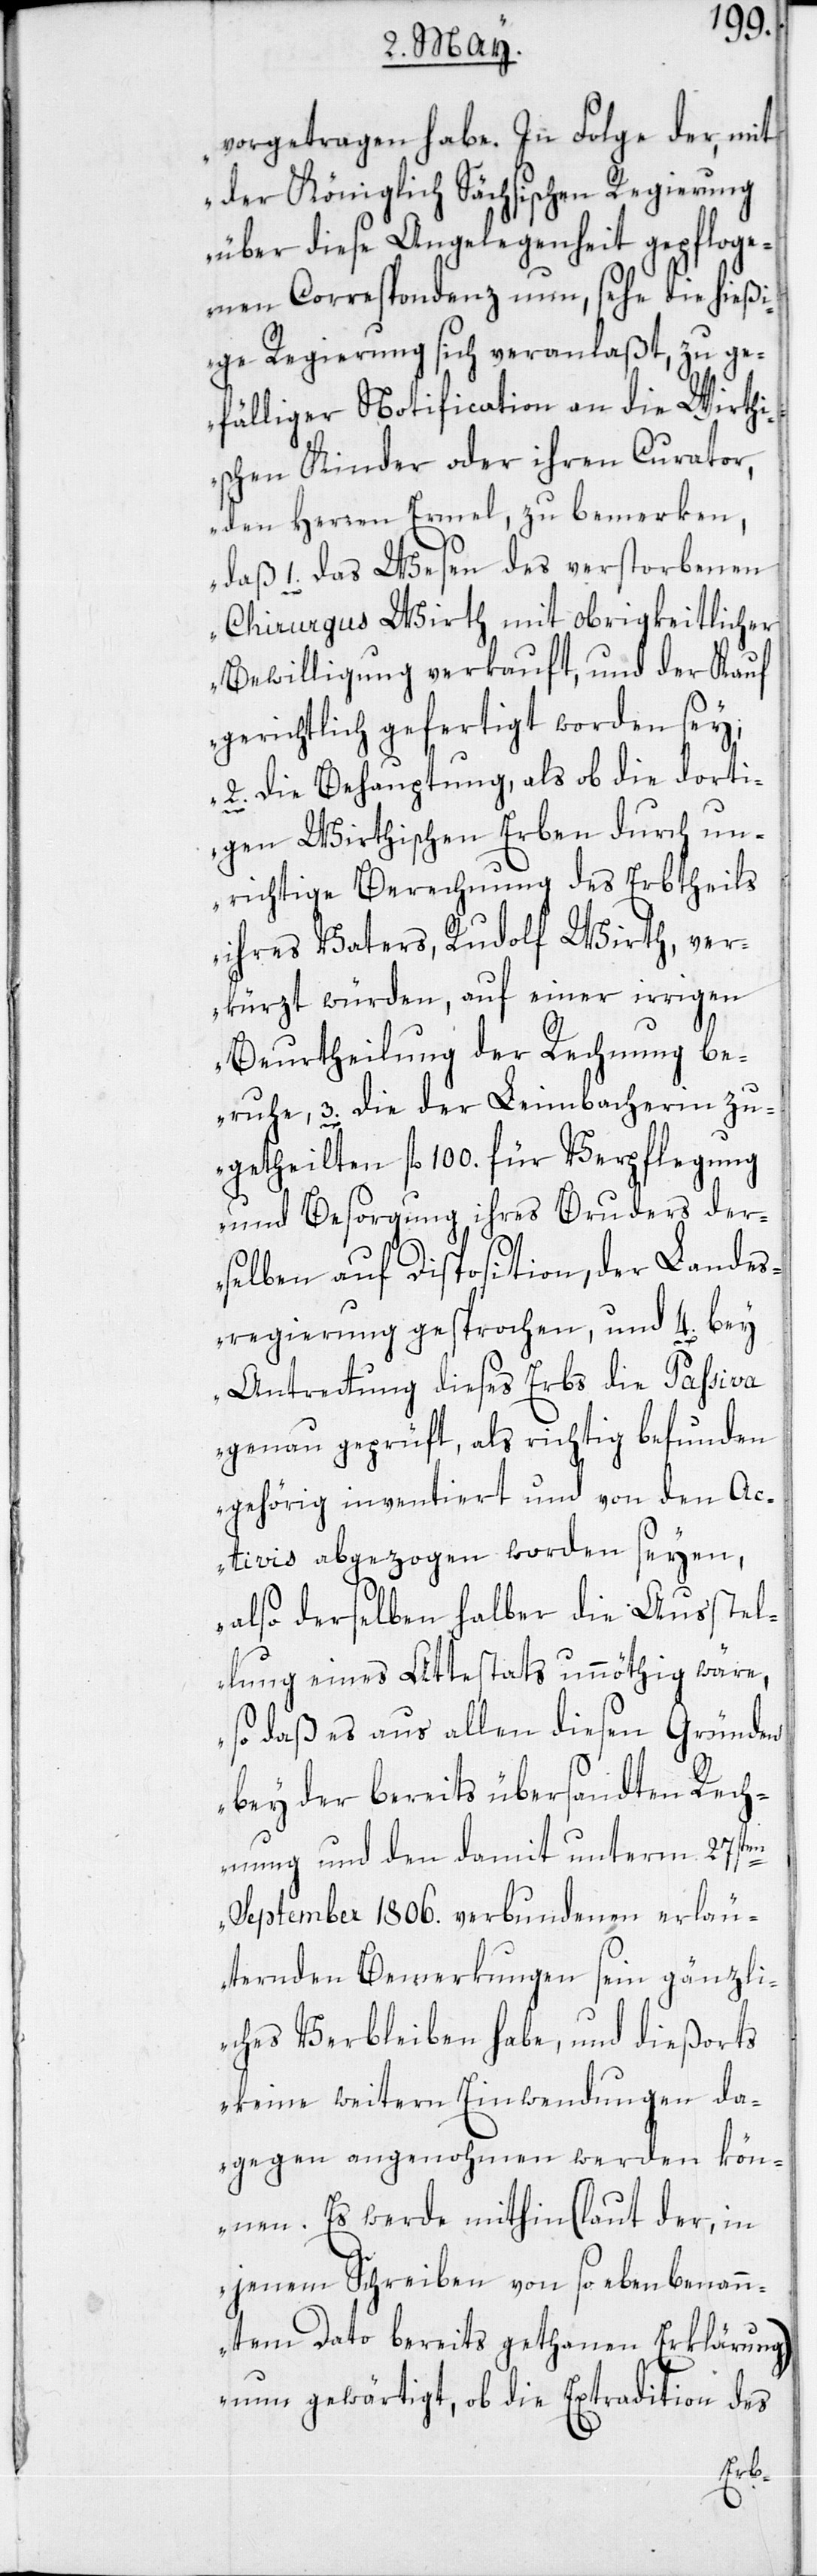
vorgetragen habe. In Folge der, mit
der Königlich Sächsischen Regierung
über diese Angelegenheit gepfloge¬
nen Correspondenz nun, sehe die hießi¬
ge Regierung sich veranlaßt, zu ge¬
fälliger Notification an die Wirthi¬
schen Kinder oder ihren Curator,
den Herren Ermel, zu bemerken,
daß 1. das Wesen des verstorbenen
Chirurgus Wirth mit obrigkeitlicher
Bewilligung verkauft, und der Kauf
gerichtlich gefertigt worden sei;
2. die Behauptung, als ob die dorti¬
gen Wirthischen Erben durch un¬
richtige Berechnung des Erbtheils
ihres Vaters, Rudolf Wirth, ver¬
kürzt würden, auf einer irrigen
Beurtheilung der Rechnung be¬
ruhe; 3. die der Leimbacherin zu¬
getheilten fl 100. für Verpflegung
und Besorgung ihres Bruders der¬
selben auf Disposition, der Landes¬
regierung gesprochen, und 4. bey
Antrettung dieses Erbs die Passiva
genau geprüft, als richtig befunden,
gehörig inventiert und von den Ac¬
tivis abgezogen worden seyen,
also derselben halber die Ausstel¬
lung eines Attestats unnöthig wäre,
so daß es aus allen diesen Gründen
bey der bereits übersandten Rech¬
nung und den damit unterm 27sten
September 1806. verbundenen erläu¬
ternden Bemerkungen sein gänzli¬
ches Verbleiben habe, und dießorts
keine weitern Einwendungen da¬
gegen angenohmen werden kön¬
nen. Es werde mithin (laut der, in
jenem Schreiben von so eben benan¬
ntem Dato bereits gethanen Erklärung)
nun gewärtigt, ob die Extradition des